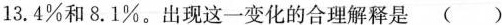
13.4%和8.1%。出现这一变化的合理解释是()